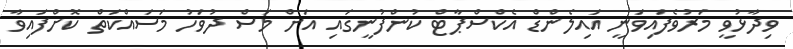
ވިދާޅުވީ މަރުވެފައިވަނީ އައިލެންޑް އެކްސްޕާޓް ކުންފުނީގައި އަށް މަސް ދުވަހު މަސައްކަތް ކޮށްފައިވާ